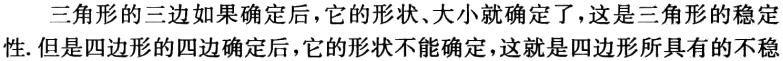
三角形的三边如果确定后，它的形状、大小就确定了，这是三角形的稳定性. 但是四边形的四边确定后，它的形状不能确定，这就是四边形所具有的不稳